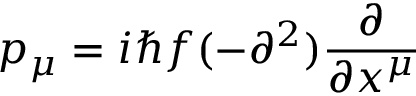
p _ { \mu } = i \hbar f ( - \partial ^ { 2 } ) \frac { \partial } { \partial x ^ { \mu } }